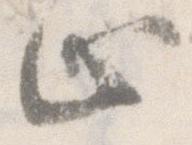
止